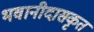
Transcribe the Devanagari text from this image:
भवानीदासकृत